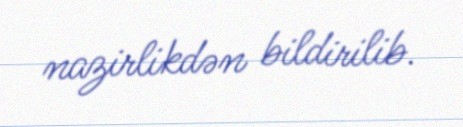
nazirlikdən bildirilib.